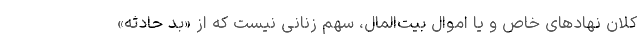
کلان نهادهای خاص و یا اموال بیت‌المال، سهم زنانی نیست که از «بد حادثه»